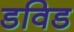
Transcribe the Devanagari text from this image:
डविड